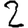
Digit: 2